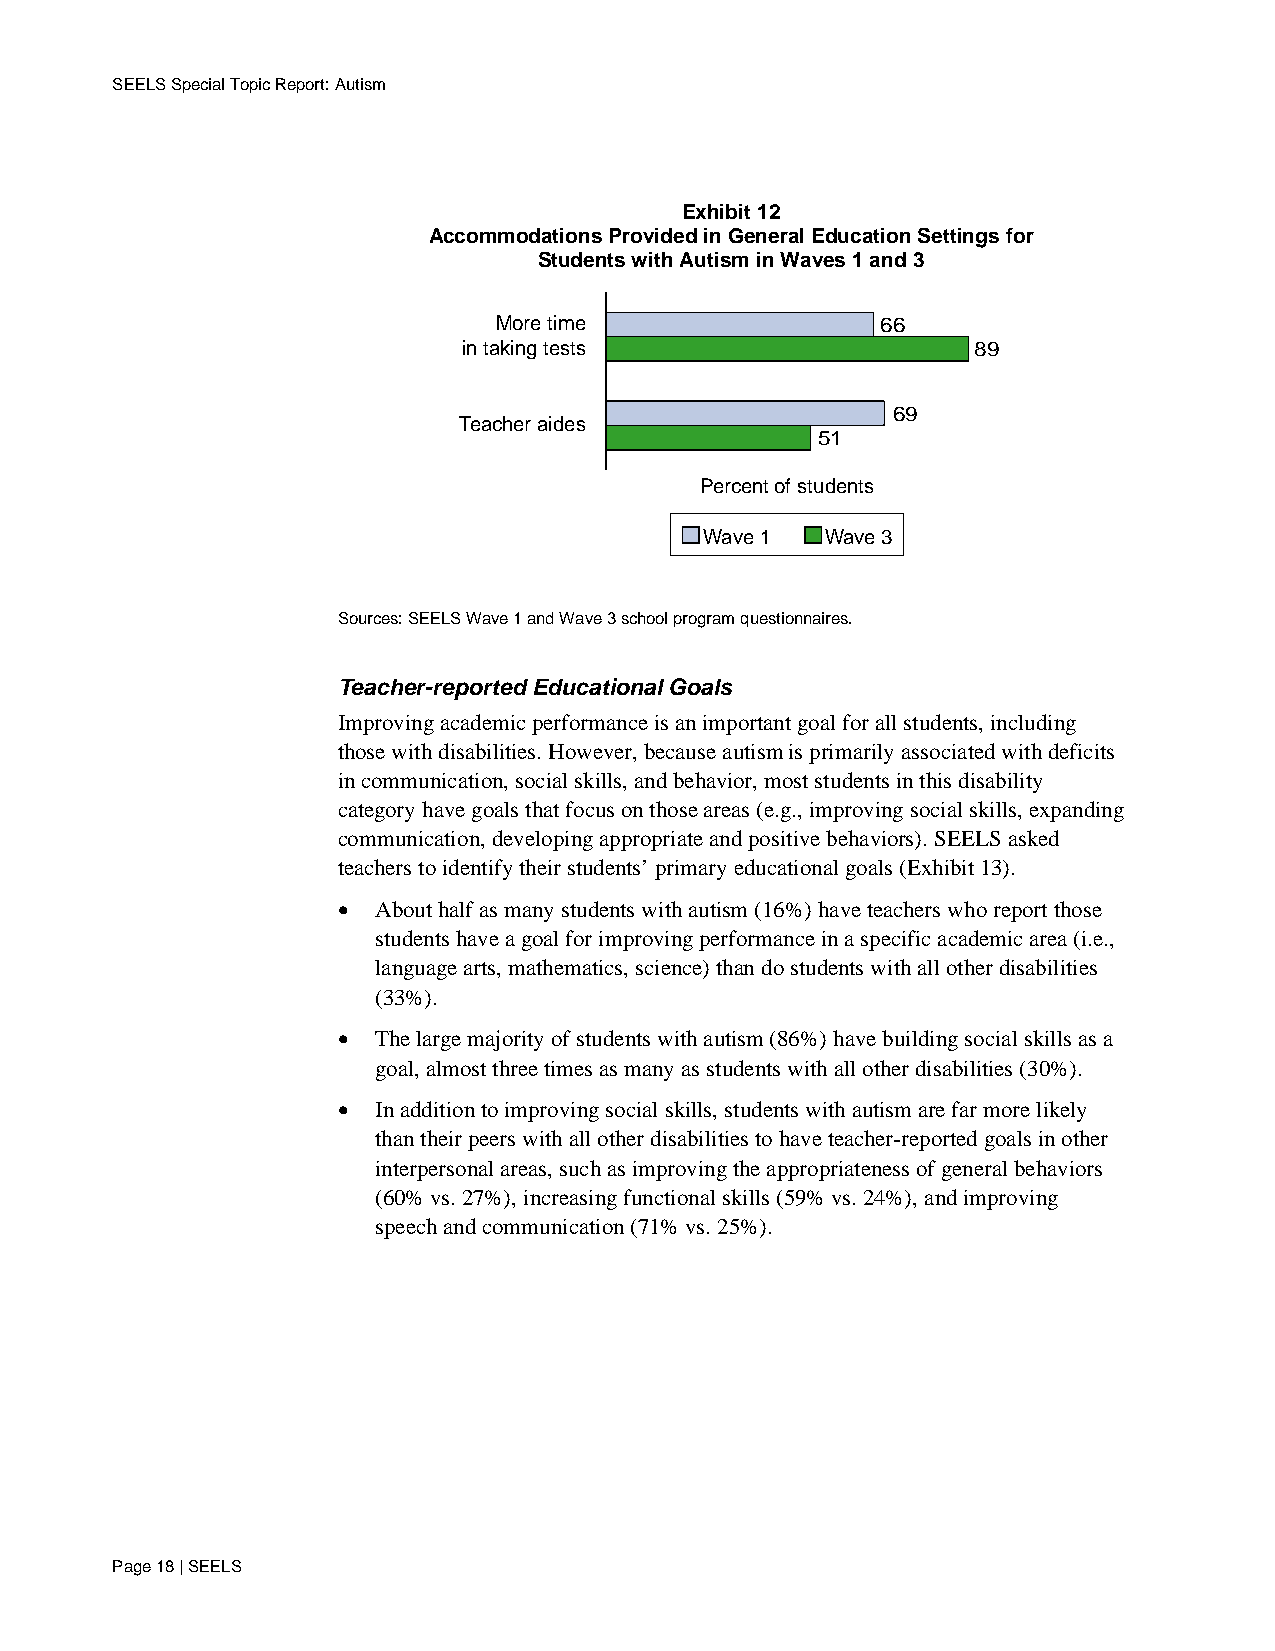
SEELS Special Topic Report: Autism
 Exhibit 12
 Accommodations Provided in General Education Settings for
 Students with Autism in Waves 1 and 3
 More time                66
 in taking tests                   89
 69
 Teacher aides
 51
 Percent of students
 Wave 1  Wave 3
 Sources: SEELS Wave 1 and Wave 3 school program questionnaires.
 Teacher-reported Educational Goals
 Improving academic performance is an important goal for all students, including
 those with disabilities. However, because autism is primarily associated with deficits
 in communication, social skills, and behavior, most students in this disability
 category have goals that focus on those areas (e.g., improving social skills, expanding
 communication, developing appropriate and positive behaviors). SEELS asked
 teachers to identify their students’ primary educational goals (Exhibit 13).
 •  About half as many students with autism (16%) have teachers who report those
 students have a goal for improving performance in a specific academic area (i.e.,
 language arts, mathematics, science) than do students with all other disabilities
 (33%).
 •  The large majority of students with autism (86%) have building social skills as a
 goal, almost three times as many as students with all other disabilities (30%).
 •  In addition to improving social skills, students with autism are far more likely
 than their peers with all other disabilities to have teacher-reported goals in other
 interpersonal areas, such as improving the appropriateness of general behaviors
 (60% vs. 27%), increasing functional skills (59% vs. 24%), and improving
 speech and communication (71% vs. 25%).
 Page 18 | SEELS